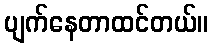
ပျက်နေတာထင်တယ်။